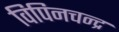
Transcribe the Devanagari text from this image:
विपिनचन्द्र